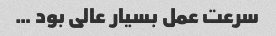
سرعت عمل بسیار عالی بود …